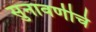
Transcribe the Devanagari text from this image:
सुनावणीचे